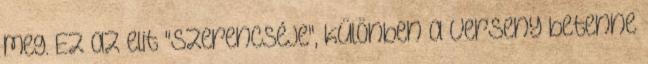
meg. Ez az elit "szerencséje", különben a verseny betenne